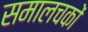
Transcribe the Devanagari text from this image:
समालचकों